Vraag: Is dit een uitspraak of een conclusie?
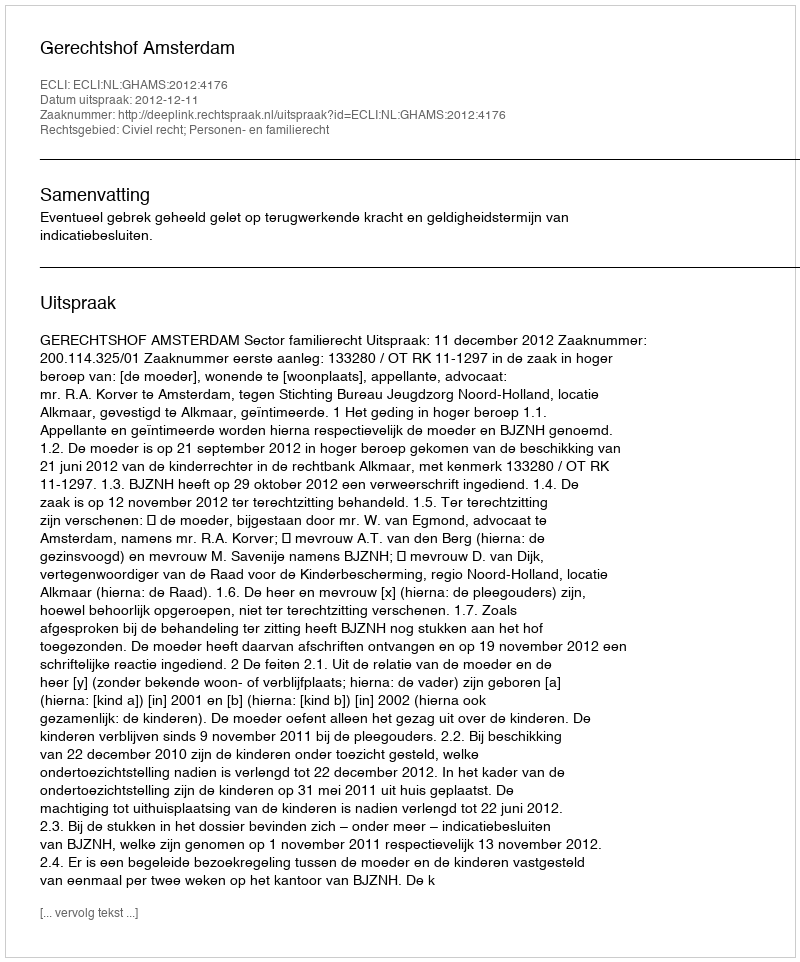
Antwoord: Uitspraak